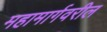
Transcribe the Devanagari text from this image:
महामार्गवरील